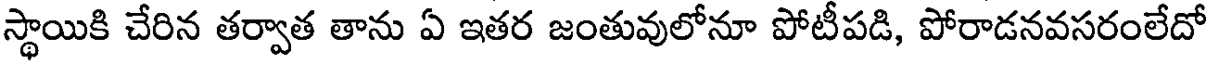
స్థాయికి చేరిన తర్వాత తాను ఏ ఇతర జంతువులోనూ పోటీపడి, పోరాడనవసరంలేదో